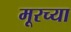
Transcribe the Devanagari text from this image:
मूरच्या